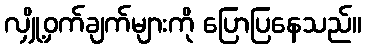
လျှို့ဝှက်ချက်များကို ပြောပြနေသည်။